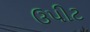
ઉપીટ